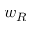
w _ { R }